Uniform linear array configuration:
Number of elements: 16
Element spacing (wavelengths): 0.25
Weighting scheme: uniform
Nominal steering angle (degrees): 30
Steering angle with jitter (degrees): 30.268
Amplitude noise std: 0.05
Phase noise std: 0.05

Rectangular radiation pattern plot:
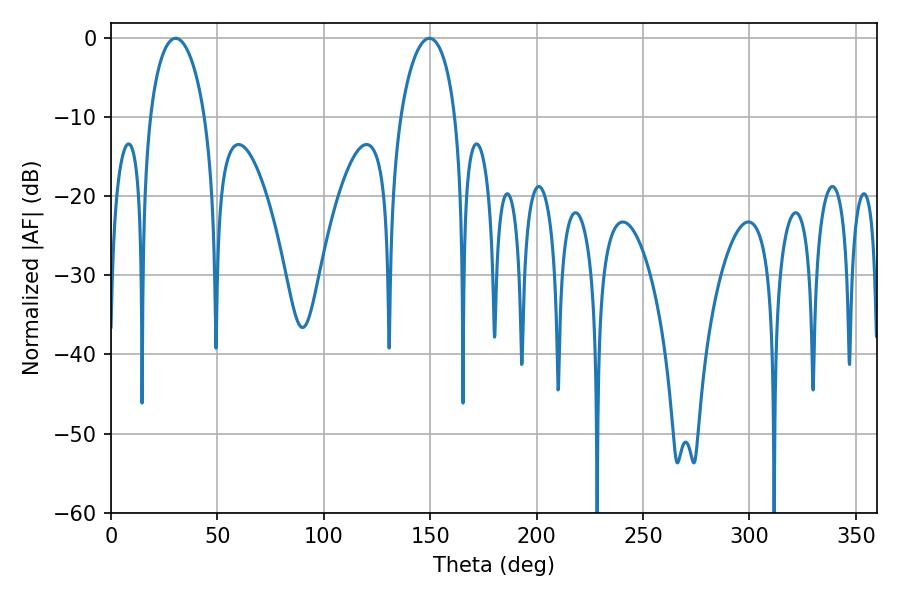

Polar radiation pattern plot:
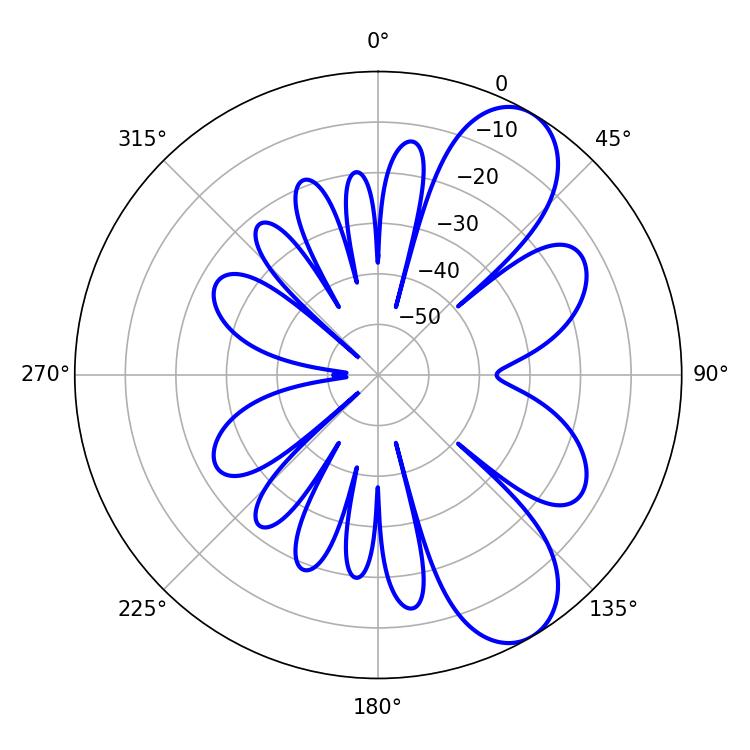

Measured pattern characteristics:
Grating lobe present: FALSE
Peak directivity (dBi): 8.373
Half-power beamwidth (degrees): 14.76
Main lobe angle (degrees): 30.42